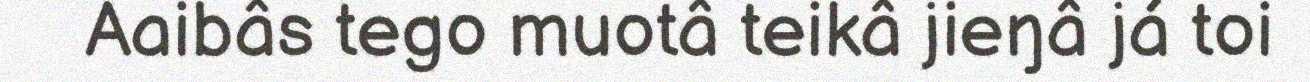
Aaibâs tego muotâ teikâ jieŋâ já toi